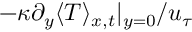
- \kappa \partial _ { y } \langle T \rangle _ { x , t } | _ { y = 0 } / u _ { \tau }